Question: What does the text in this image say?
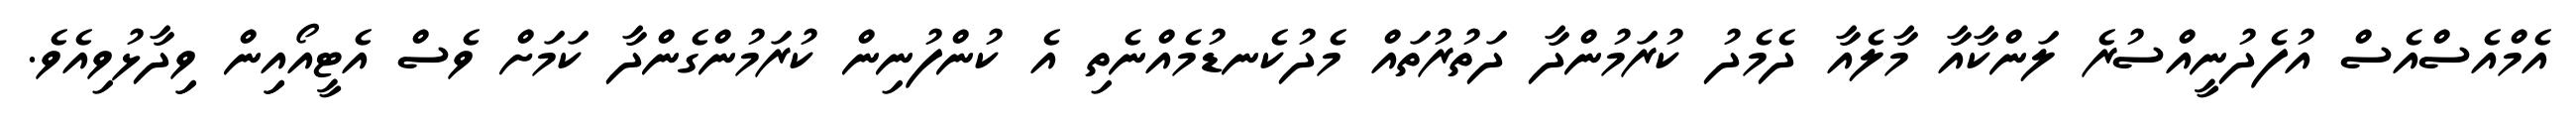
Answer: އެމްއެސްއެސް އުފެދުނީއްސުރެ ލަންކާއާ މާލެއާ ދެމެދު ކުރަމުންދާ ދަތުރުތައް މެދުކެނޑުމެއްނެތި އެ ކުންފުނިން ކުރަމުންގެންދާ ކަމަށް ވެސް އެޓީއޯއިިން ވިިދާޅުވިއެވެ.